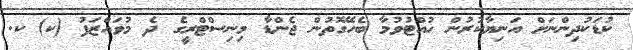
ކުޑަކުދިންނަށް އަނިޔާކުރުން ހުއްޓުުވުމާ ބެހޭގޮތުން ޖެންޑާ މިނިސްޓްރީގެ ދެ މުވައްޒަފު (ކ) ކ.